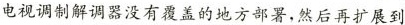
电视调制解调器没有覆盖的地方部署，然后再扩展到